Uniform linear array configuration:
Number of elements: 24
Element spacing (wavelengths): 1
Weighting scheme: exponential
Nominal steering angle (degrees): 45
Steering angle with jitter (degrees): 43.035
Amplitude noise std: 0.05
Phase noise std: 0.05

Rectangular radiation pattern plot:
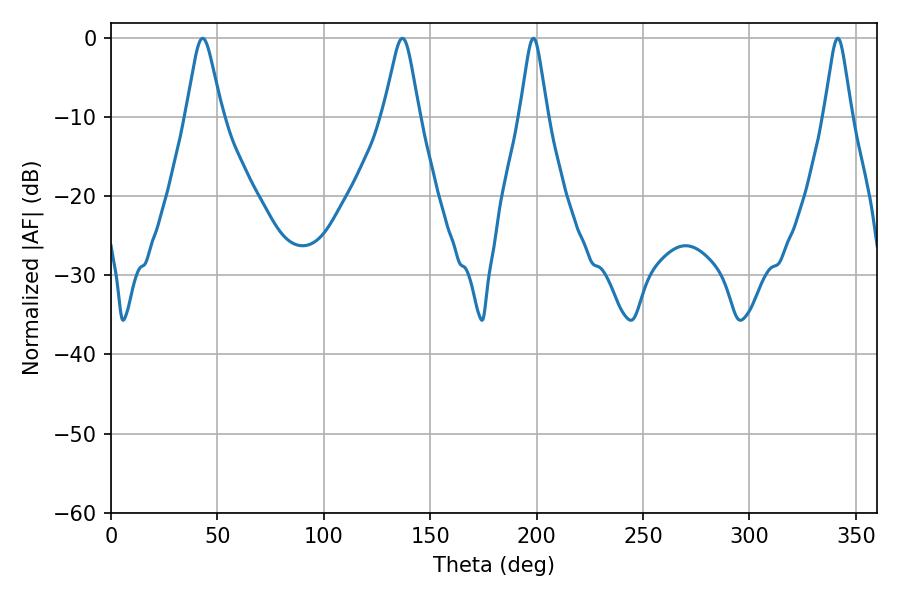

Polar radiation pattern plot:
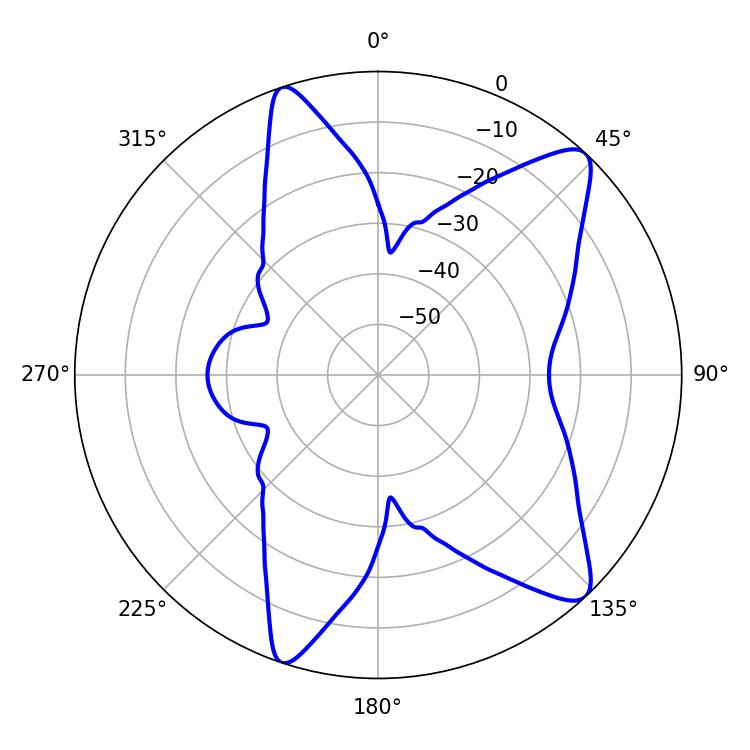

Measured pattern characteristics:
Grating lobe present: TRUE
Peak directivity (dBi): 10.96
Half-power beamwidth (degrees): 7.92
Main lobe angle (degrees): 43.02